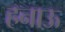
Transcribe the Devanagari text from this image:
हनाऊ